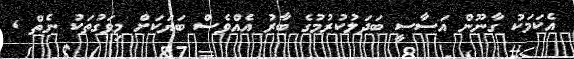
އެކަމަކު ގާނޫން އަސާސީ ބަދަލުކުރުމުގެ ބާރު އެއްވެސް ބަޔަކަށް މިވަގުތަކު ނެތް